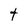
Character: T